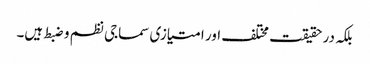
بلکہ در حقیقت مختلف اور امتیازی سماجی نظم و ضبط ہیں۔